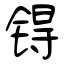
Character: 锝